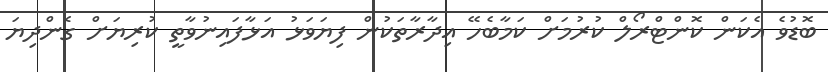
ބޮޑުވެ އެކަން ކޮންޓްރޯލް ކުރުމަށް ކަމާބެހޭ އިދާރާތަކުން ފިޔަވަޅު އަޅާފައިނުވާތީ ކުރިޔަށް ގެންދިޔަ